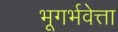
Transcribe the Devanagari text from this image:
भूगर्भवेत्ता